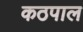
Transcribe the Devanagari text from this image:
कठपाल